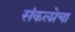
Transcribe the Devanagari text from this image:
संकल्प्नेचा